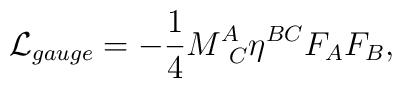
{\cal L}_{gauge} = -{1\over 4} M^A_{\ C} \eta^{BC} F_A F_B,